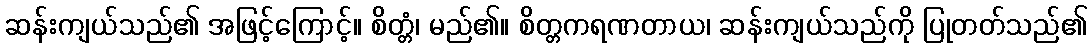
ဆန်းကျယ်သည်၏ အဖြင့်ကြောင့်။ စိတ္တံ၊ မည်၏။ စိတ္တကရဏတာယ၊ ဆန်းကျယ်သည်ကို ပြုတတ်သည်၏